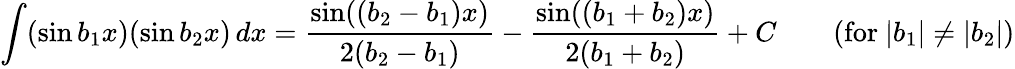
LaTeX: \int(\sin b_{1}x)(\sin b_{2}x)\, dx={\frac{\sin((b_{2}-b_{1})x)}{2(b_{2}-b_{1})}}-{\frac{\sin((b_{1}+b_{2})x)}{2(b_{1}+b_{2})}}+C\qquad{\mathrm{(for~}}|b_{1}|\neq|b_{2}|{\mathrm{)}}